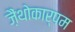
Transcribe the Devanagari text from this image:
ज़ैंथोकार्पम